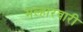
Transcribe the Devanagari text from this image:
मल्हारवारी